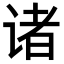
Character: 诸